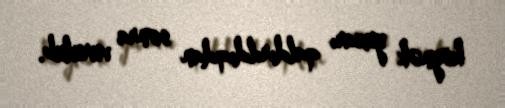
köynək yuxarı qaldırıldıqdan sonra vurulub.